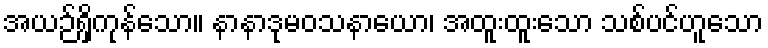
အယဉ်ရှိကုန်သော။ နာနာဒုမဝသနာယော၊ အထူးထူးသော သစ်ပင်ဟူသော